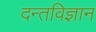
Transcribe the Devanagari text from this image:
दन्तविज्ञान